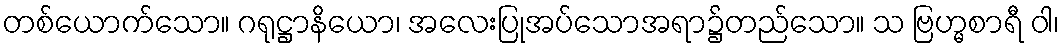
တစ်ယောက်သော။ ဂရုဋ္ဌာနိယော၊ အလေးပြုအပ်သောအရာ၌တည်သော။ သ ဗြဟ္မစာရီ ဝါ၊